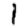
Digit: 1